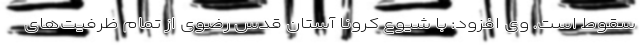
سقوط است. وی افزود: با شیوع کرونا آستان قدس رضوی از تمام ظرفیت‌های